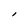
Character: I